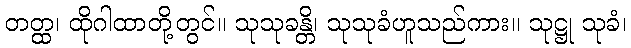
တတ္ထ၊ ထိုဂါထာတို့တွင်။ သုသုခန္တိ၊ သုသုခံဟူသည်ကား။ သုဋ္ဌု သုခံ၊